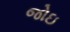
જોઇ